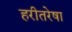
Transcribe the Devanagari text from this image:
हरीतरेषा